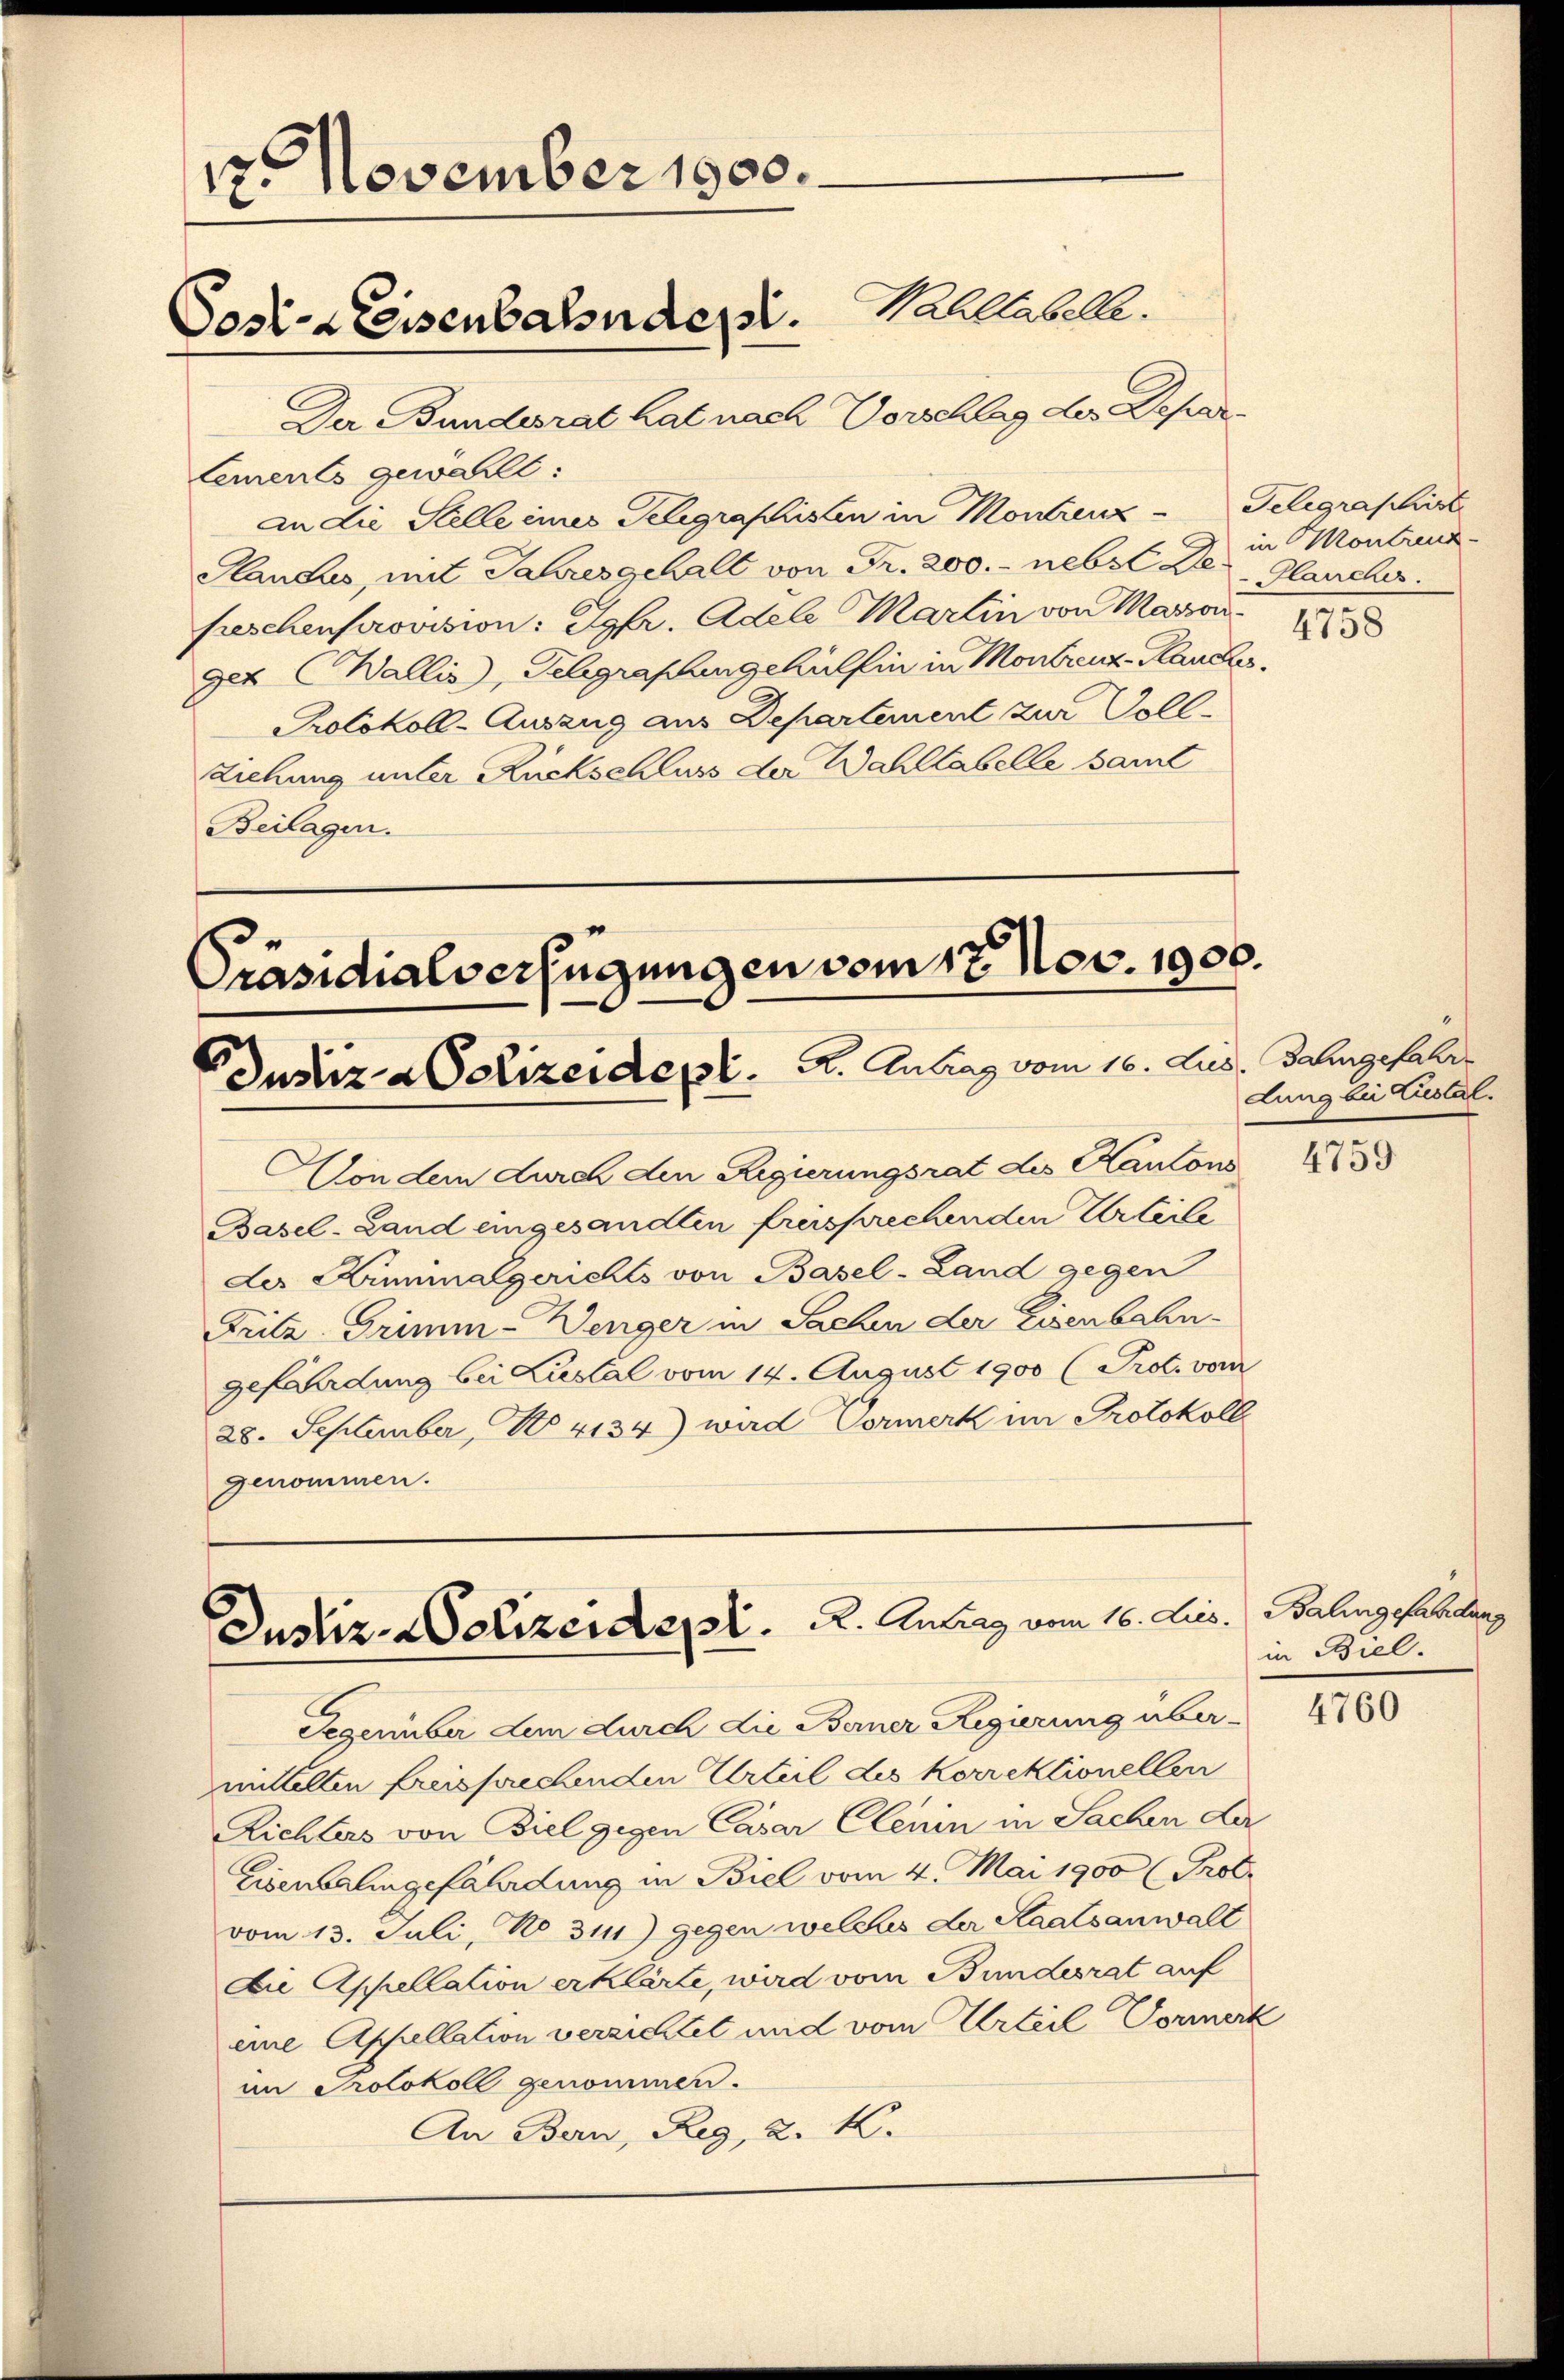
12 November 1900.
Wahltabelle.
Post-Kreisenbahndept.
Der Bundesrat hat nach Vorschlag der Depar

lements gewählt:
An die Stelle eines Telegraphisten in Montrenz-Telegraphirt
Hanaus, mit Jahresgehalt von Fr. 200.- nebst der Planches.
peschenprovision: Jgfr. Adele Martin von Maxiget Wallis, Gelegraphingehülfen in Monbrenz Plaude
Protokoll-Auszug aus Departement zur Voll
Ziehung unter Rückschluss der Wahltabelle samt
Beilagen.

Präsidialverfügungen vom 17. Nov. 1900.
Justiz & Polizeident. A. Antrag vom 16. Jus. Jahrgefahre

Von dem durch den Regierungsrat des Kantons 435
Basel-Land eingesandten freisprechenden Urteile
der Kriminalgerichts von Basel-Land gegen
Fritz Grimm-Wenger in Sachen der Eisenbahn-
gefährdung bei Zustal vom 14. August 1900 (Prot. vom
28. September, No 4134) wird Vormerk im Protokoll
genommen.

dung bei Zustal.

Dustiz-Dolizeidet. A. Antrag vom 16. Aus¬

in Montreng
4758

Dezember dem durch die Berner Regierung über-
mitalten freisprechenden Urteil des Korrektionellen
Richters von Biel gegen Casar Clenin in Sachen der
Eisensalingefährdung in Biel vom 4. Mai 1900 (Prof.
vom 13. Juli, No. 311) gegen welches der Staatsanwalt
Die Appellation erklärte, wird vom Bundesrat auf
eine Appellation verzichtet und vom Urteil Vormerk
im Protokoll genommen.
An Bern, Reg, K. K.

Balingefandung
in Biel.

4760